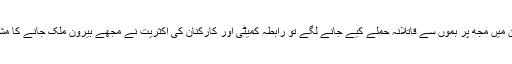
جب پاکستان میں مجھ پر بموں سے قاتلانہ حملے کیے جانے لگے تو رابطہ کمیٹی اور کارکنان کی اکثریت نے مجھے بیرونِ ملک جانے کا مشورہ دیا تھا۔